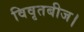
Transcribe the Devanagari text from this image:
विवृतबीज।